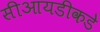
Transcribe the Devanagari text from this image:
सीआयडीकडे